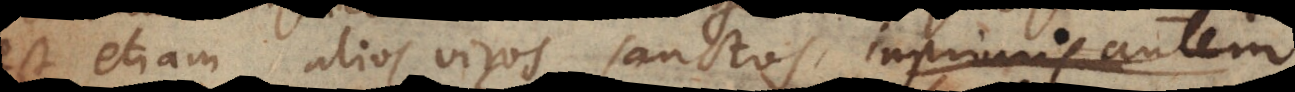
est etiam alios viros sanctos non fuisse